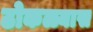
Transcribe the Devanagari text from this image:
ठोकळ्यास